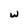
Character: w